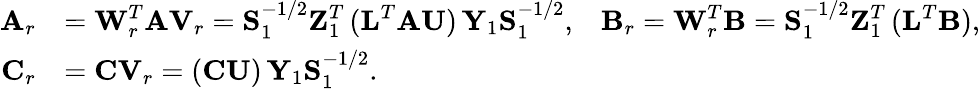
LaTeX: \begin{array}{rlr}{{\textbf A}_{r}}&{={\textbf W}_{r}^{T}{\textbf A}{\textbf V}_{r}={\textbf S}_{1}^{-1/2}{\textbf Z}_{1}^{T}\, ({\textbf L}^{T}{\textbf A}{\textbf U})\, {\textbf Y}_{1}{\textbf S}_{1}^{-1/2},}&{{\textbf B}_{r}={\textbf W}_{r}^{T}{\textbf B}={\textbf S}_{1}^{-1/2}{\textbf Z}_{1}^{T}\, ({\textbf L}^{T}{\textbf B}),}\\ {{\textbf C}_{r}}&{={\textbf C}{\textbf V}_{r}=({\textbf C}{\textbf U})\, {\textbf Y}_{1}{\textbf S}_{1}^{-1/2}.}\end{array}